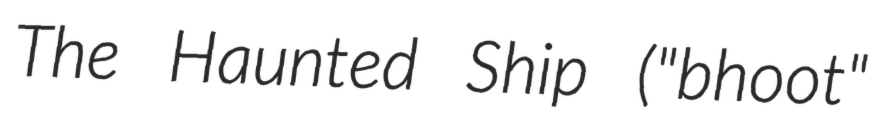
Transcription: The Haunted Ship ("bhoot"